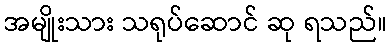
အမျိုးသား သရုပ်ဆောင် ဆု ရသည်။